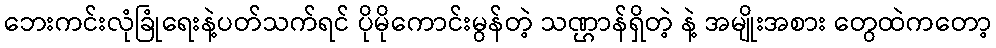
ဘေးကင်းလုံခြုံရေးနဲ့ပတ်သက်ရင် ပိုမိုကောင်းမွန်တဲ့ သဏ္ဌာန်ရှိတဲ့ နဲ့ အမျိုးအစား တွေထဲကတော့